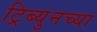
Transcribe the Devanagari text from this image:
ट्रिब्युनच्या